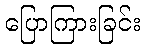
ပြောကြားခြင်း